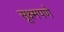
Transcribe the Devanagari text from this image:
सूक्ष्मपणे